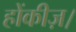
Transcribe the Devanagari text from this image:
होंकीज़।